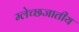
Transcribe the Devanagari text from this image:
म्लेच्छजातीय